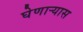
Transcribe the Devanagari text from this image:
घेणाऱ्यास